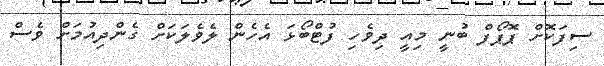
ސިފަކޮށް ޕޮޕޯފް ބުނީ މިއީ ދިވެހި ފުޓްބޯޅަ އެހެން ލެވެލަކަށް ގެންދިއުމަށް ވެސް